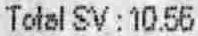
TOTAL SV : 10.56